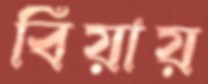
বিয়ায়